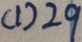
( 1 ) 2 9